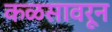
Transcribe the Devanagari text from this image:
कळसावरून